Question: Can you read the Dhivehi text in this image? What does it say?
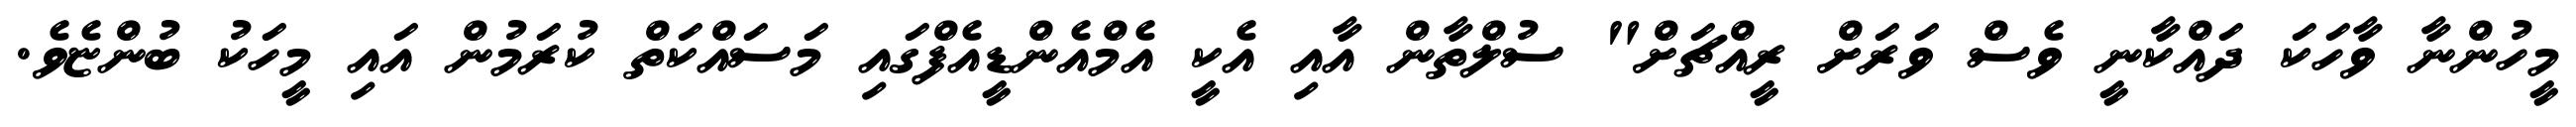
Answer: މީހުންނާ ވާހަކަ ދައްކާނީ ވެސް ވަރަށް ރީއްޗަށް" ސުލްތާން އާއި އެކީ އެމްއެންޑީއެފްގައި މަސައްކަތް ކުރަމުން އައި މީހަކު ބުންޏެވެ.